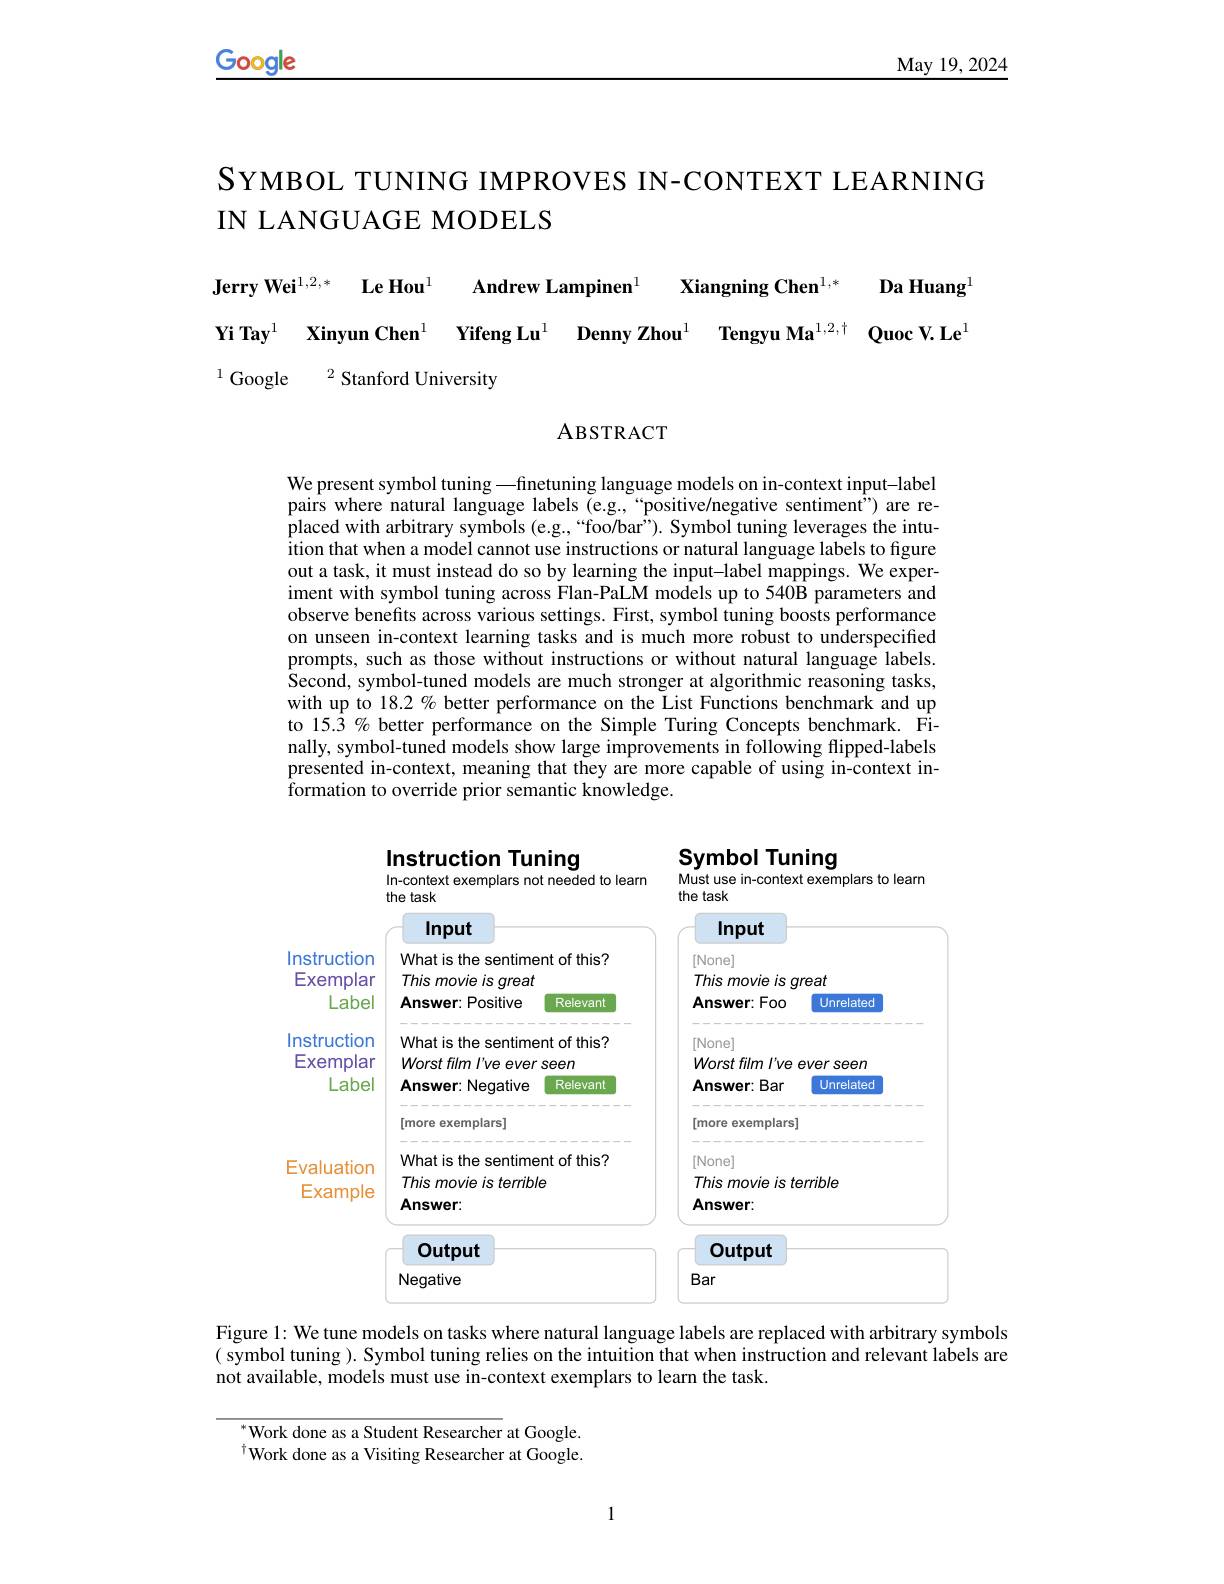
Google

May 19, 2024

SYMBOL TUNING IMPROVES IN-CONTEXT LEARNING
IN LANGUAGE MODELS

### $\textbf{Jerry Wei}^{1, 2, * }$ $\textbf{Le Hou}^{1}$ Andrew Lampinen$^{1}$ Xiangning Chen$^{1,*}$ Da Huang$^{\mathrm{l}}$ $\textbf{Yi Tay}^{1}$ $\textbf{Xinyun Chen}^{\mathrm{I} }$ Yifeng Lu$^{1}$ $\textbf{Denny Zhou}^{1}$ $\textbf{Tengyu Ma}^{1, 2, \dagger }$ $\textbf{Quoc V. Le}^{1}$ $^{1}$Google $^{2}$ Stanford University

ABSTRACT

We present symbol tuning —finetuning language models on in-context input-label pairs where natural language labels (e.g.,“positive/negative sentiment") are replaced with arbitrary symbols (e.g.,“foo/bar”). Symbol tuning leverages the intuition that when a model cannot use instructions or natural language labels to figure out a task, it must instead do so by learning the input-label mappings. We experiment with symbol tuning across Flan-PaLM models up to 540B parameters and observe benefits across various settings. First, symbol tuning boosts performance on unseen in-context learning tasks and is much more robust to underspecified prompts, such as those without instructions or without natural language labels. Second, symbol-tuned models are much stronger at algorithmic reasoning tasks, with up to 18.2 % better performance on the List Functions benchmark and up to 15.3 % better performance on the Simple Turing Concepts benchmark. Finally, symbol-tuned models show large improvements in following flipped-labels presented in-context, meaning that they are more capable of using in-context information to override prior semantic knowledge.

<FigureHere>

Figure 1: We tune models on tasks where natural language labels are replaced with arbitrary symbols

( symbol tuning ). Symbol tuning relies on the intuition that when instruction and relevant labels are
not available, models must use in-context exemplars to learn the task.

$^{*}$Work done as a Student Researcher at Google. $^{\dagger}$Work done as a Visiting Researcher at Google.

1